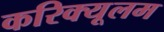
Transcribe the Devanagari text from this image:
करिक्यूलम